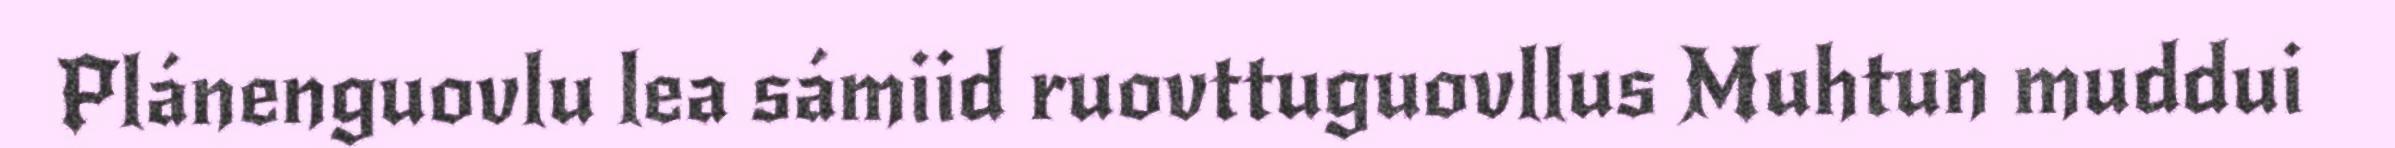
Plánenguovlu lea sámiid ruovttuguovllus Muhtun muddui